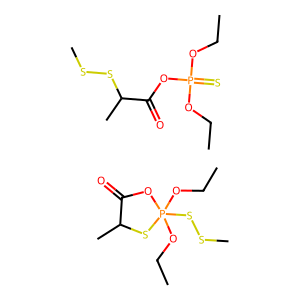
SMILES: CCOP(=S)(OCC)OC(=O)C(C)SSC.CCOP1(OCC)(SSC)OC(=O)C(C)S1
Inhibits HIV replication: No